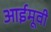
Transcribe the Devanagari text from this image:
आईमूवी